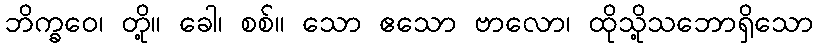
ဘိက္ခဝေ၊ တို့။ ခေါ၊ စစ်။ သော ဧသော ဗာလော၊ ထိုသို့သဘောရှိသော